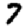
Digit: 7